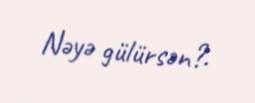
Nəyə gülürsən?.